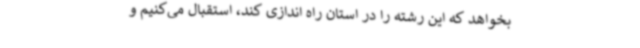
بخواهد که این رشته را در استان راه اندازی کند، استقبال می‌کنیم و